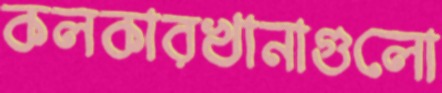
কলকারখানাগুলো